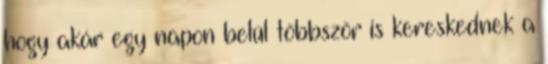
hogy akár egy napon belül többször is kereskednek a